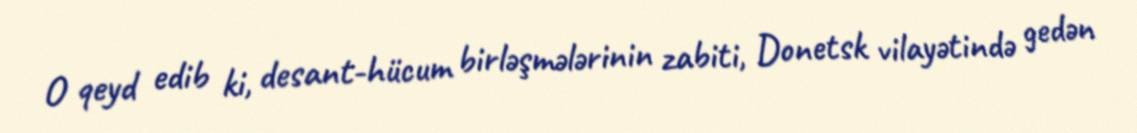
O qeyd edib ki, desant-hücum birləşmələrinin zabiti, Donetsk vilayətində gedən